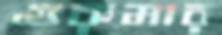
গুরুমার